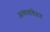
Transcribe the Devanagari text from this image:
अल्पसंवेदन